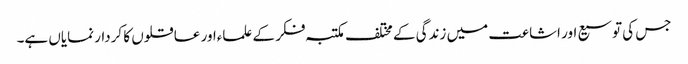
جس کی توسیع اور اشاعت میں زندگی کے مختلف مکتبہ فکر کے علماءاور عاقلوں کا کردار نمایاں ہے۔